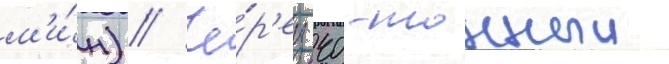
м'и́н) // Че́р'ез 40-тонныи